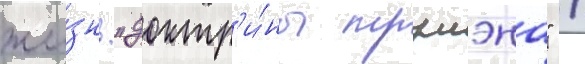
жи́знь "доктр'и́ны трумэна" /